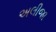
અલીજા